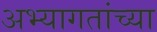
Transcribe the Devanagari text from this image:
अभ्यागतांच्या